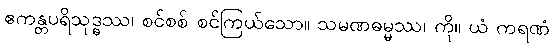
ဧကန္တပရိသုဒ္ဓဿ၊ စင်စစ် စင်ကြယ်သော။ သမဏဓမ္မဿ၊ ကို။ ယံ ကရဏံ